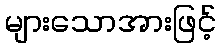
များသောအားဖြင့်